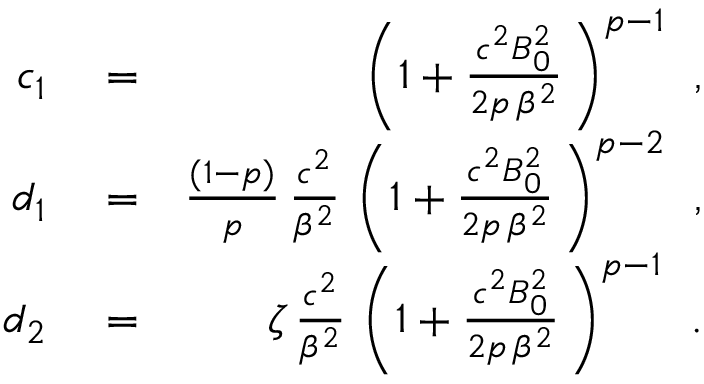
\begin{array} { r l r } { c _ { 1 } } & { { } = } & { \left( 1 + \frac { c ^ { 2 } B _ { 0 } ^ { 2 } } { 2 p \, \beta ^ { 2 } } \, \right) ^ { p - 1 } \, \; , } \\ { d _ { 1 } } & { { } = } & { \frac { ( 1 - p ) } { p } \, \frac { c ^ { 2 } } { \beta ^ { 2 } } \, \left( 1 + \frac { c ^ { 2 } B _ { 0 } ^ { 2 } } { 2 p \, \beta ^ { 2 } } \, \right) ^ { p - 2 } \, \; , } \\ { d _ { 2 } } & { { } = } & { \zeta \, \frac { c ^ { 2 } } { \beta ^ { 2 } } \, \left( 1 + \frac { c ^ { 2 } B _ { 0 } ^ { 2 } } { 2 p \, \beta ^ { 2 } } \, \right) ^ { p - 1 } \, \; . } \end{array}